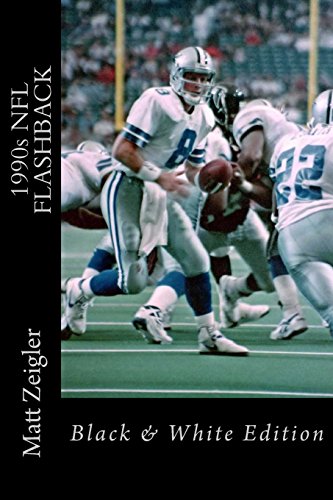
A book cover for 1990s NFL FLASHBACK: Black & White Edition; Matt Zeigler; Teen & Young Adult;